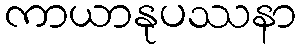
ကာယာနုပဿနာ